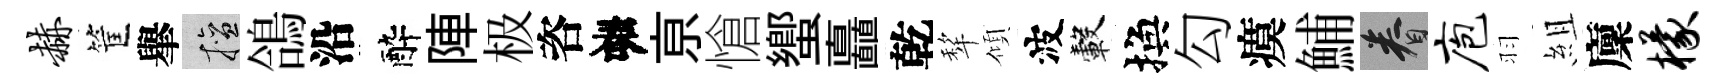
赫筐𦦙擅鴿沿醉陣极咨春亰愴蠁矗乾犂傾波轂換勾瘼鯆眷庖羽組廩檬